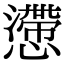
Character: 懘